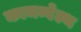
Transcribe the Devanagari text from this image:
कामन्वेल्थ